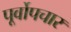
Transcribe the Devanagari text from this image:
पूर्वोपचार